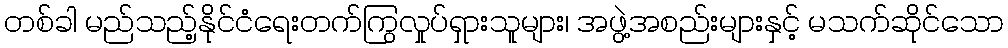
တစ်ခါ မည်သည့်နိုင်ငံရေးတက်ကြွလှုပ်ရှားသူများ၊ အဖွဲ့အစည်းများနှင့် မသက်ဆိုင်သော